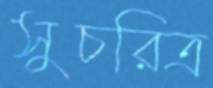
সুচরিত্র